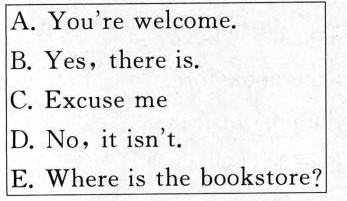
A.You're welcome. B.Yes, there is. C. Excuse me D.No, it isn't. E.Where is the bookstore?